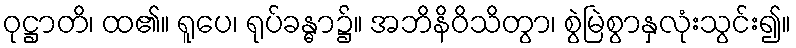
ဝုဋ္ဌာတိ၊ ထ၏။ ရူပေ၊ ရုပ်ခန္ဓာ၌။ အဘိနိဝိသိတွာ၊ စွဲမြဲစွာနှလုံးသွင်း၍။